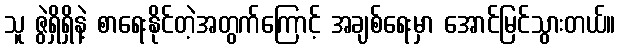
သူ ဇွဲရှိရှိနဲ့ စာရေးနိုင်တဲ့အတွက်ကြောင့် အချစ်ရေးမှာ အောင်မြင်သွားတယ်။